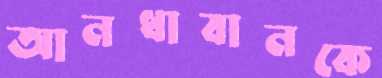
আনধাবানকে